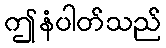
ဤနံပါတ်သည်